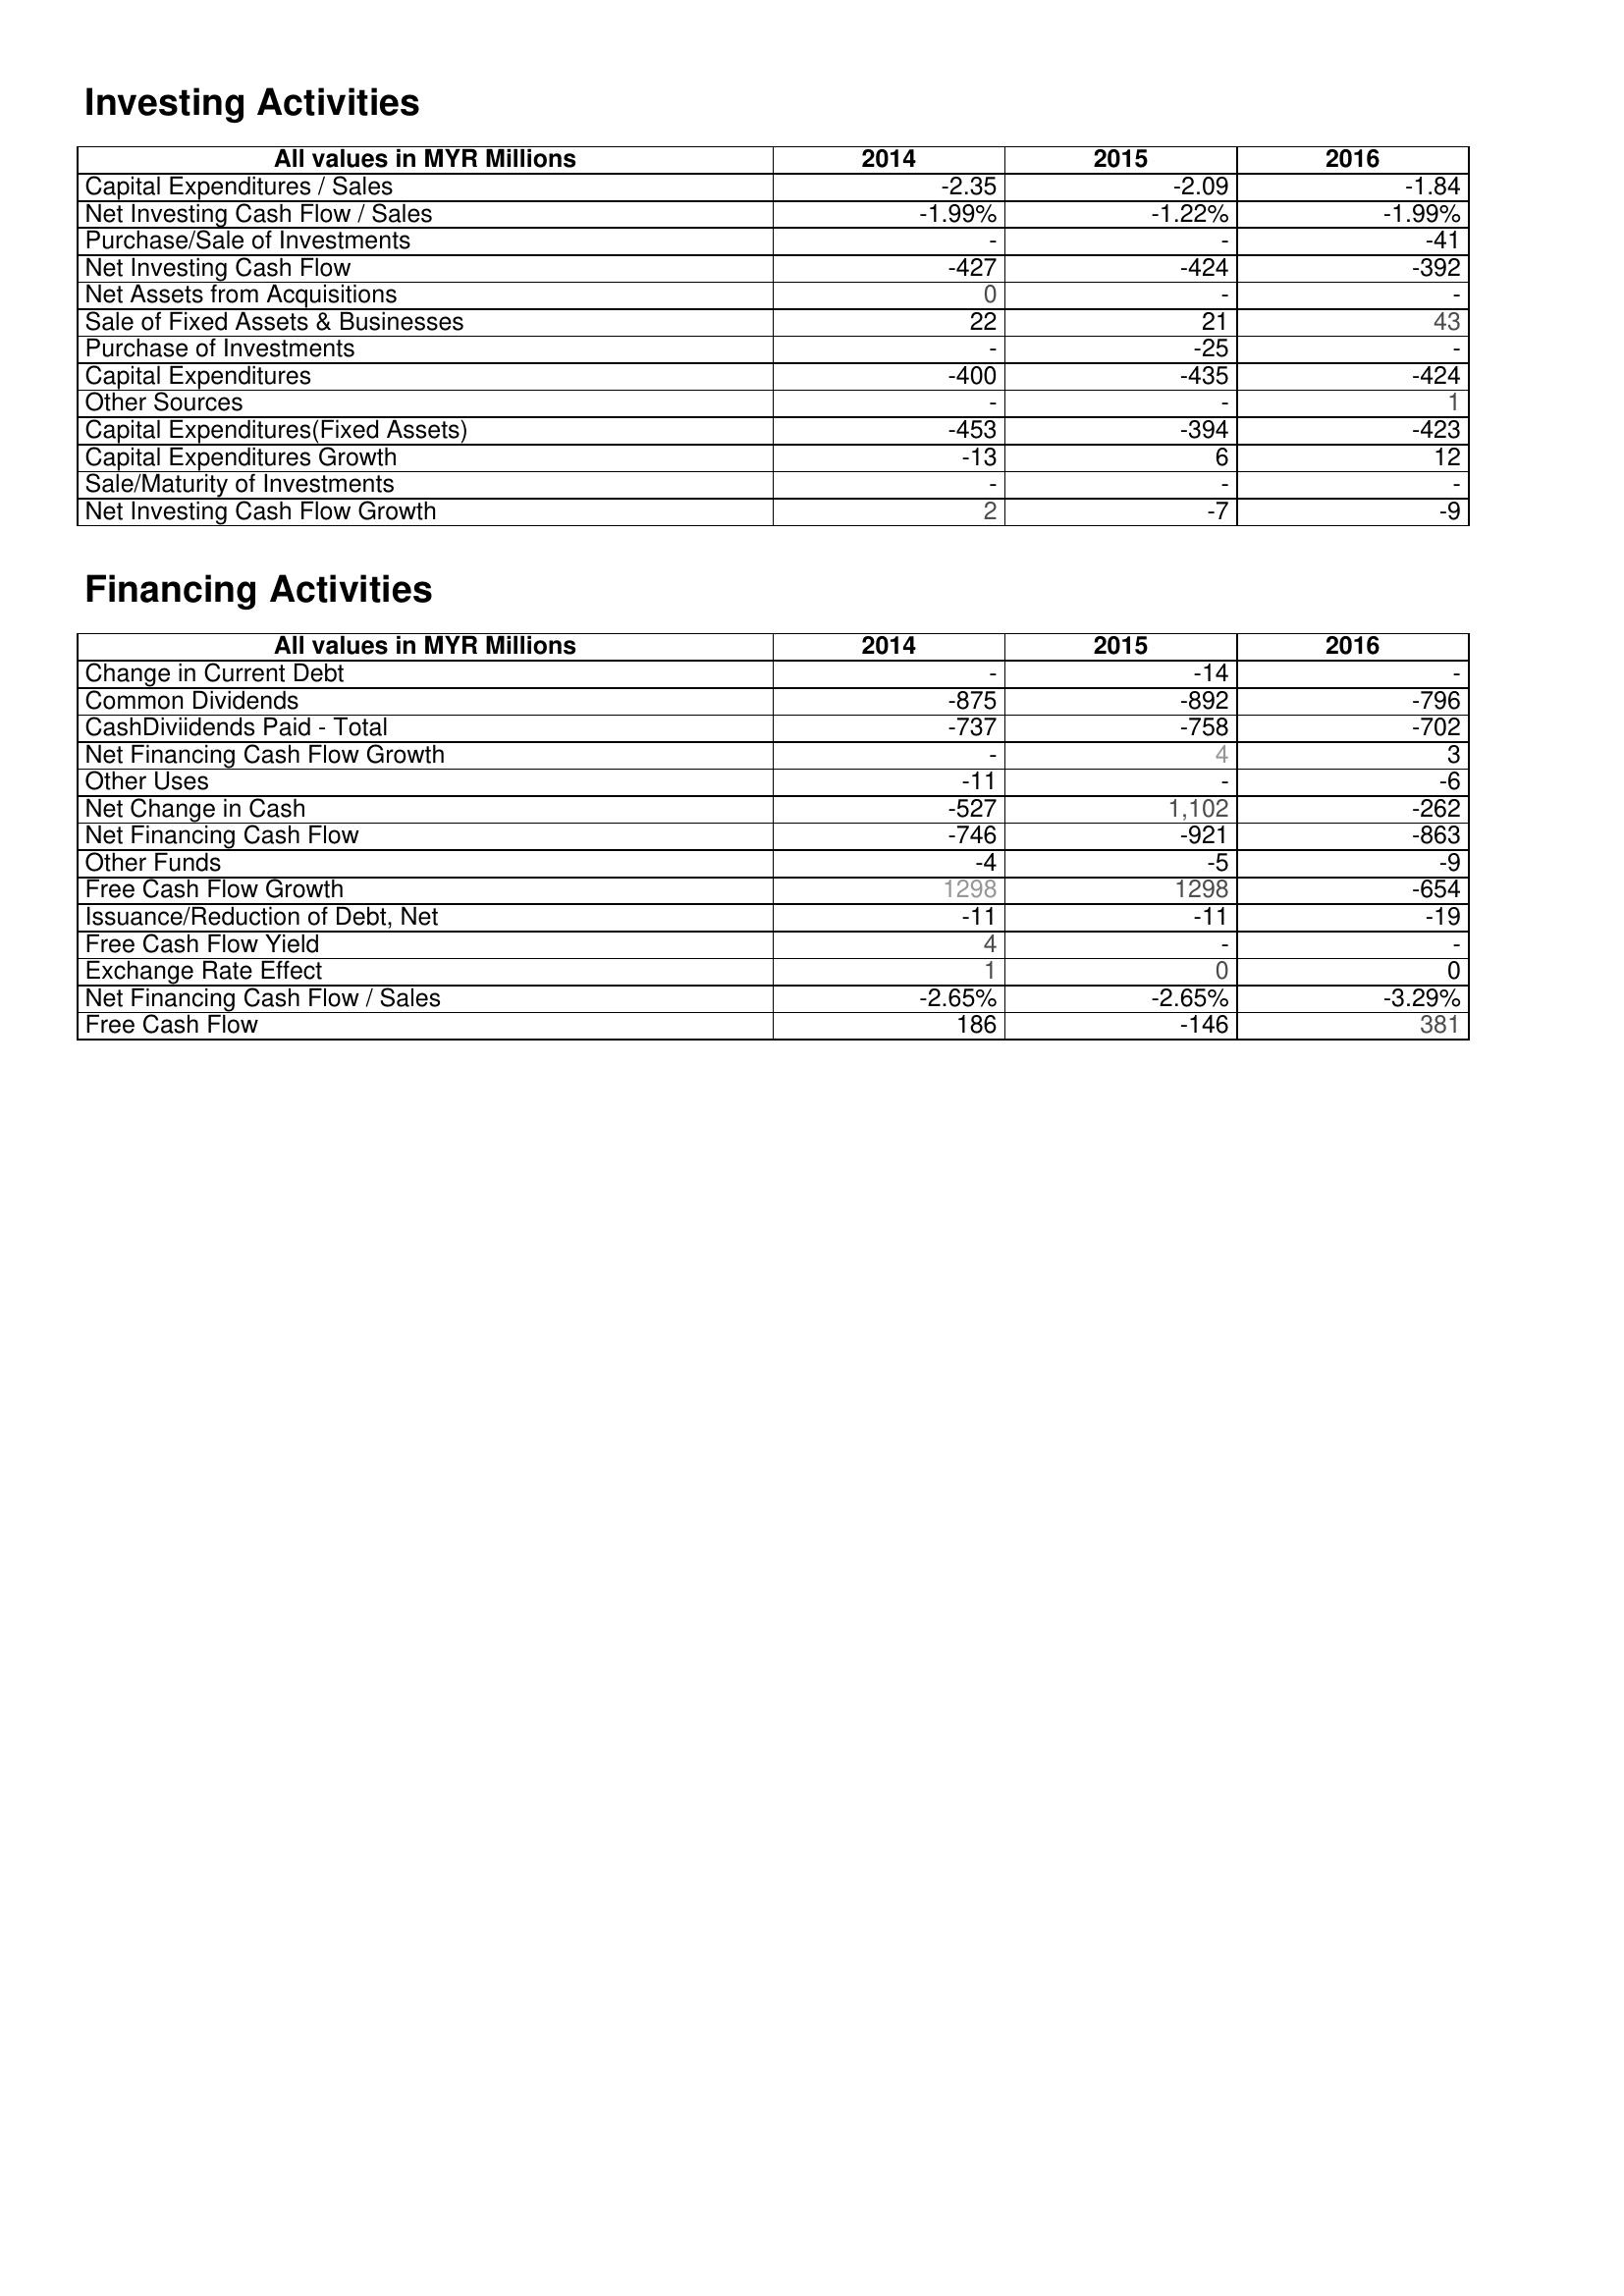
2014: Investing Activities: Capital Expenditures / Sales: -2.35
Net Investing Cash Flow / Sales: -1.99%
Purchase/Sale of Investments: -
Net Investing Cash Flow: -427
Net Assets from Acquisitions: 0
Sale of Fixed Assets & Businesses: 22
Purchase of Investments: -
Capital Expenditures: -400
Other Sources: -
Capital Expenditures(Fixed Assets): -453
Capital Expenditures Growth: -13
Sale/Maturity of Investments: -
Net Investing Cash Flow Growth: 2
Financing Activities: Change in Current Debt: -
Common Dividends: -875
CashDiviidends Paid - Total: -737
Net Financing Cash Flow Growth: -
Other Uses: -11
Net Change in Cash: -527
Net Financing Cash Flow: -746
Other Funds: -4
Free Cash Flow Growth: 1298
Issuance/Reduction of Debt, Net: -11
Free Cash Flow Yield: 4
Exchange Rate Effect: 1
Net Financing Cash Flow / Sales: -2.65%
Free Cash Flow: 186
2015: Investing Activities: Capital Expenditures / Sales: -2.09
Net Investing Cash Flow / Sales: -1.22%
Purchase/Sale of Investments: -
Net Investing Cash Flow: -424
Net Assets from Acquisitions: -
Sale of Fixed Assets & Businesses: 21
Purchase of Investments: -25
Capital Expenditures: -435
Other Sources: -
Capital Expenditures(Fixed Assets): -394
Capital Expenditures Growth: 6
Sale/Maturity of Investments: -
Net Investing Cash Flow Growth: -7
Financing Activities: Change in Current Debt: -14
Common Dividends: -892
CashDiviidends Paid - Total: -758
Net Financing Cash Flow Growth: 4
Other Uses: -
Net Change in Cash: 1,102
Net Financing Cash Flow: -921
Other Funds: -5
Free Cash Flow Growth: 1298
Issuance/Reduction of Debt, Net: -11
Free Cash Flow Yield: -
Exchange Rate Effect: 0
Net Financing Cash Flow / Sales: -2.65%
Free Cash Flow: -146
2016: Investing Activities: Capital Expenditures / Sales: -1.84
Net Investing Cash Flow / Sales: -1.99%
Purchase/Sale of Investments: -41
Net Investing Cash Flow: -392
Net Assets from Acquisitions: -
Sale of Fixed Assets & Businesses: 43
Purchase of Investments: -
Capital Expenditures: -424
Other Sources: 1
Capital Expenditures(Fixed Assets): -423
Capital Expenditures Growth: 12
Sale/Maturity of Investments: -
Net Investing Cash Flow Growth: -9
Financing Activities: Change in Current Debt: -
Common Dividends: -796
CashDiviidends Paid - Total: -702
Net Financing Cash Flow Growth: 3
Other Uses: -6
Net Change in Cash: -262
Net Financing Cash Flow: -863
Other Funds: -9
Free Cash Flow Growth: -654
Issuance/Reduction of Debt, Net: -19
Free Cash Flow Yield: -
Exchange Rate Effect: 0
Net Financing Cash Flow / Sales: -3.29%
Free Cash Flow: 381